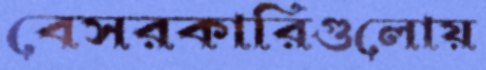
বেসরকারিগুলোয়